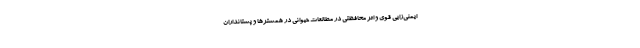
ایمنی‌زایی قوی و اثر محافظتی در مطالعات حیوانی در همسترها و پستانداران